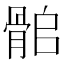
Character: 𩨽